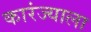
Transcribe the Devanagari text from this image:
कारंज्याला